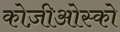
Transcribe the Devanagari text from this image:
कोज़ीओस्को